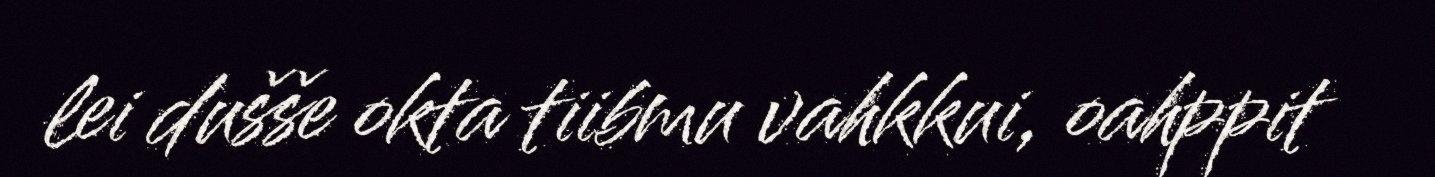
lei dušše okta tiibmu vahkkui, oahppit